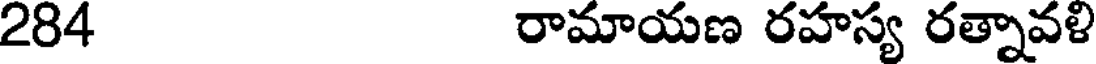
284 రామాయణ రహస్య రత్నావళి